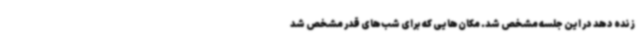
زنده دهد در این جلسه مشخص شد. مکان‌هایی که برای شب‌های قدر مشخص شد